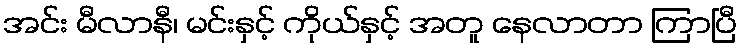
အင်း မီလာနီ၊ မင်းနှင့် ကိုယ်နှင့် အတူ နေလာတာ ကြာပြီ